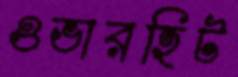
ওভারহিট